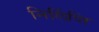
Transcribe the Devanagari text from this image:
निर्लिप्ति